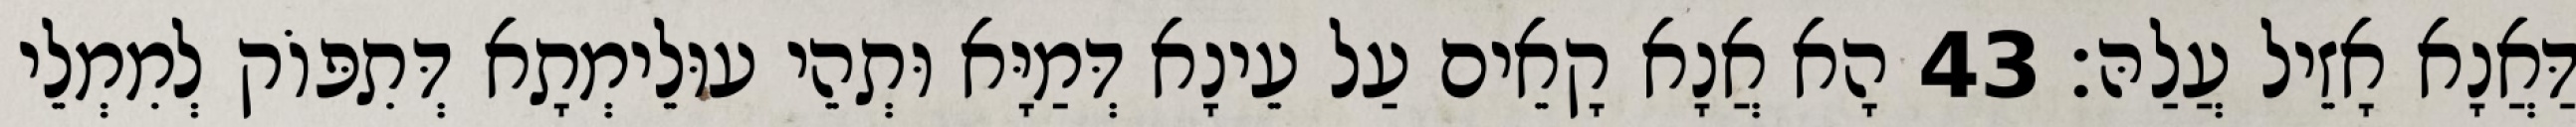
דַּאֲנָא אָזֵיל עֲלַהּ׃ 43 הָא אֲנָא קָאֵים עַל עֵינָא דְּמַיָּא וּתְהֵי עוּלֵימְתָא דְּתִפּוֹק לְמִמְלֵי